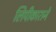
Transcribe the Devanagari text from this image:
लिपीकाराने